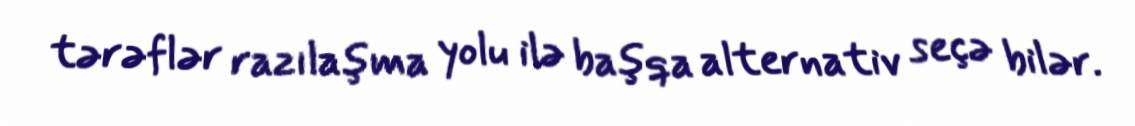
tərəflər razılaşma yolu ilə başqa alternativ seçə bilər.